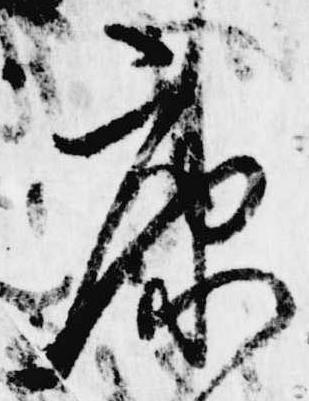
康